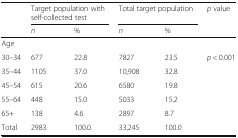
|  | <COLSPAN=2> Target population with self-collected test | <COLSPAN=2> Total target population | p value |
 |  | n | % | n | % |  |
 | --- | --- | --- | --- | --- | --- |
 | <COLSPAN=6> Age |
 | 30–34 | 677 | 22.8 | 7827 | 23.5 | p < 0.001 |
 | 35–44 | 1105 | 37.0 | 10,908 | 32.8 |  |
 | 45–54 | 615 | 20.6 | 6580 | 19.8 |  |
 | 55–64 | 448 | 15.0 | 5033 | 15.2 |  |
 | 65+ | 138 | 4.6 | 2897 | 8.7 |  |
 | Total | 2983 | 100.0 | 33,245 | 100.0 |  |